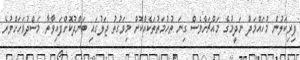
ފިރިކަލުން މުހައްމަދު ނަދީމުގެ މައްޗަށްވެސް ގިނަ ތުހުމަތުތަކެއްކޮށް މިވަގުތު ޖަލުގައި ބަންދުކޮށްފައިވާތާ މަސްދުވަހަށްވުރެ